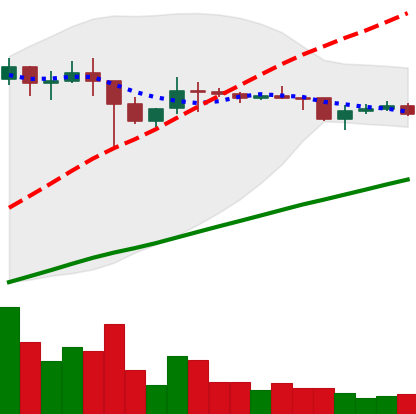
Ticker: DOGE-USD
Chart end date: 2021-01-25
Forward return: 236.109%
Label: up_7plus